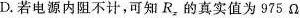
D.若电源内阻不计，可知R_{x}的真实值为975Ω